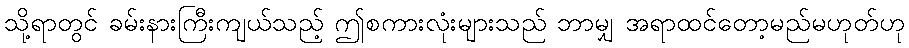
သို့ရာတွင် ခမ်းနားကြီးကျယ်သည့် ဤစကားလုံးများသည် ဘာမျှ အရာထင်တော့မည်မဟုတ်ဟု